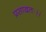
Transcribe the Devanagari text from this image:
प्रसादतः।।